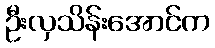
ဦးလှသိန်းအောင်က